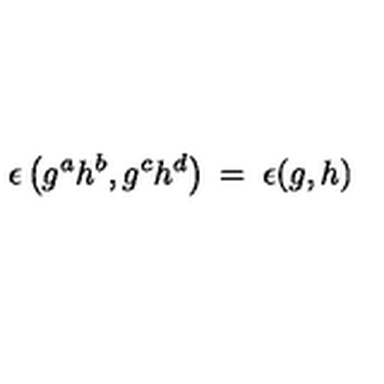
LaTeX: \epsilon \left( g ^ { a } h ^ { b } , g ^ { c } h ^ { d } \right) \: = \: \epsilon ( g , h )